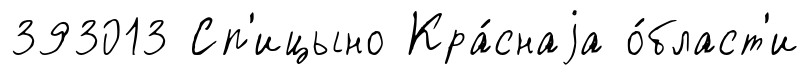
393013 Сп'ицыно Кра́снаjа о́бласт'и